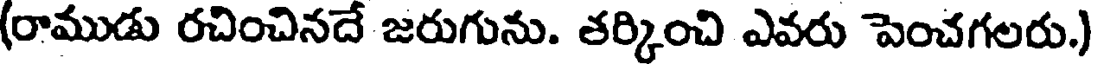
(రాముడు రచించినదే జరుగును. తర్కించి ఎవరు పెంచగలరు.)